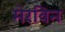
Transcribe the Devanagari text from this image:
मेरविन